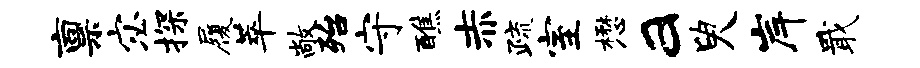
禀宓探履萃敞殆守醮赤疏室懋a臾岸戢